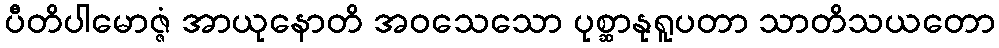
ပီတိပါမောဇ္ဇံ အာယုနောတိ အဝသေသော ပုစ္ဆာနုရူပတာ သာတိသယတော